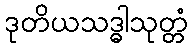
ဒုတိယသဒ္ဓါသုတ္တံ